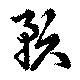
預